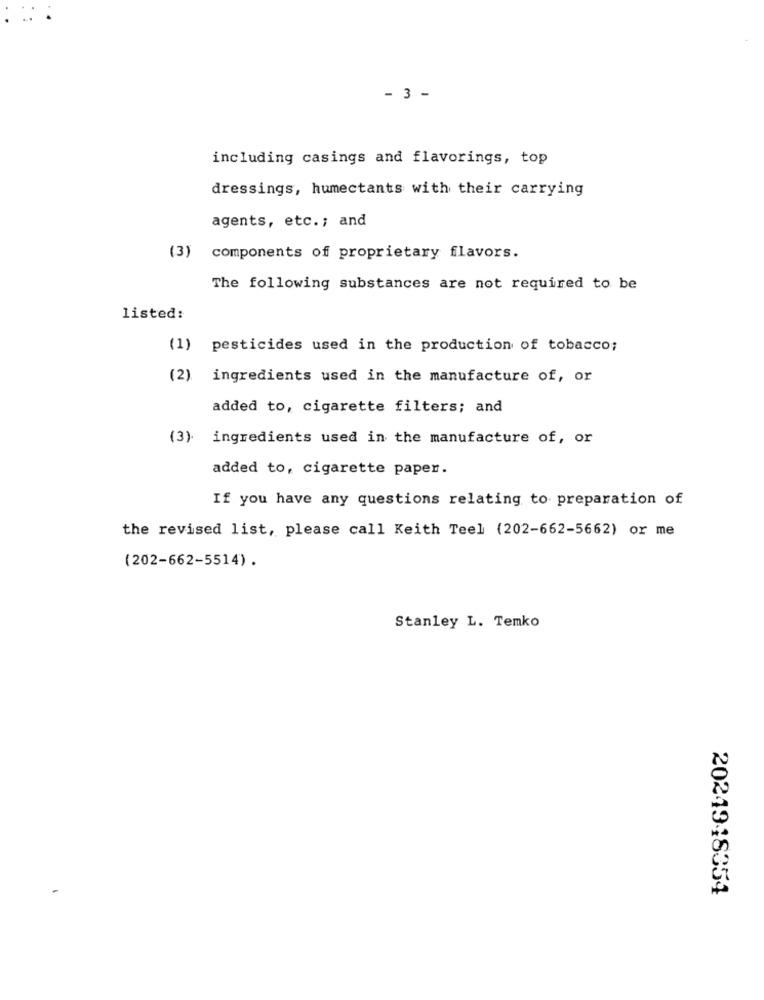
- 3 -
including casings and flavorings, top
dressings, humectants with their carrying
agents, etc .; and
(3) components of proprietary flavors.
The following substances are not required to be
listed:
(1)
pesticides used in the production of tobacco;
(2)
ingredients used in the manufacture of, or
added to, cigarette filters; and
(3) ingredients used in the manufacture of, or
added to, cigarette paper.
If you have any questions relating to preparation of
the revised list, please call Keith Teel (202-662-5662) or me
(202-662-5514) .
Stanley L. Temko
2024948354